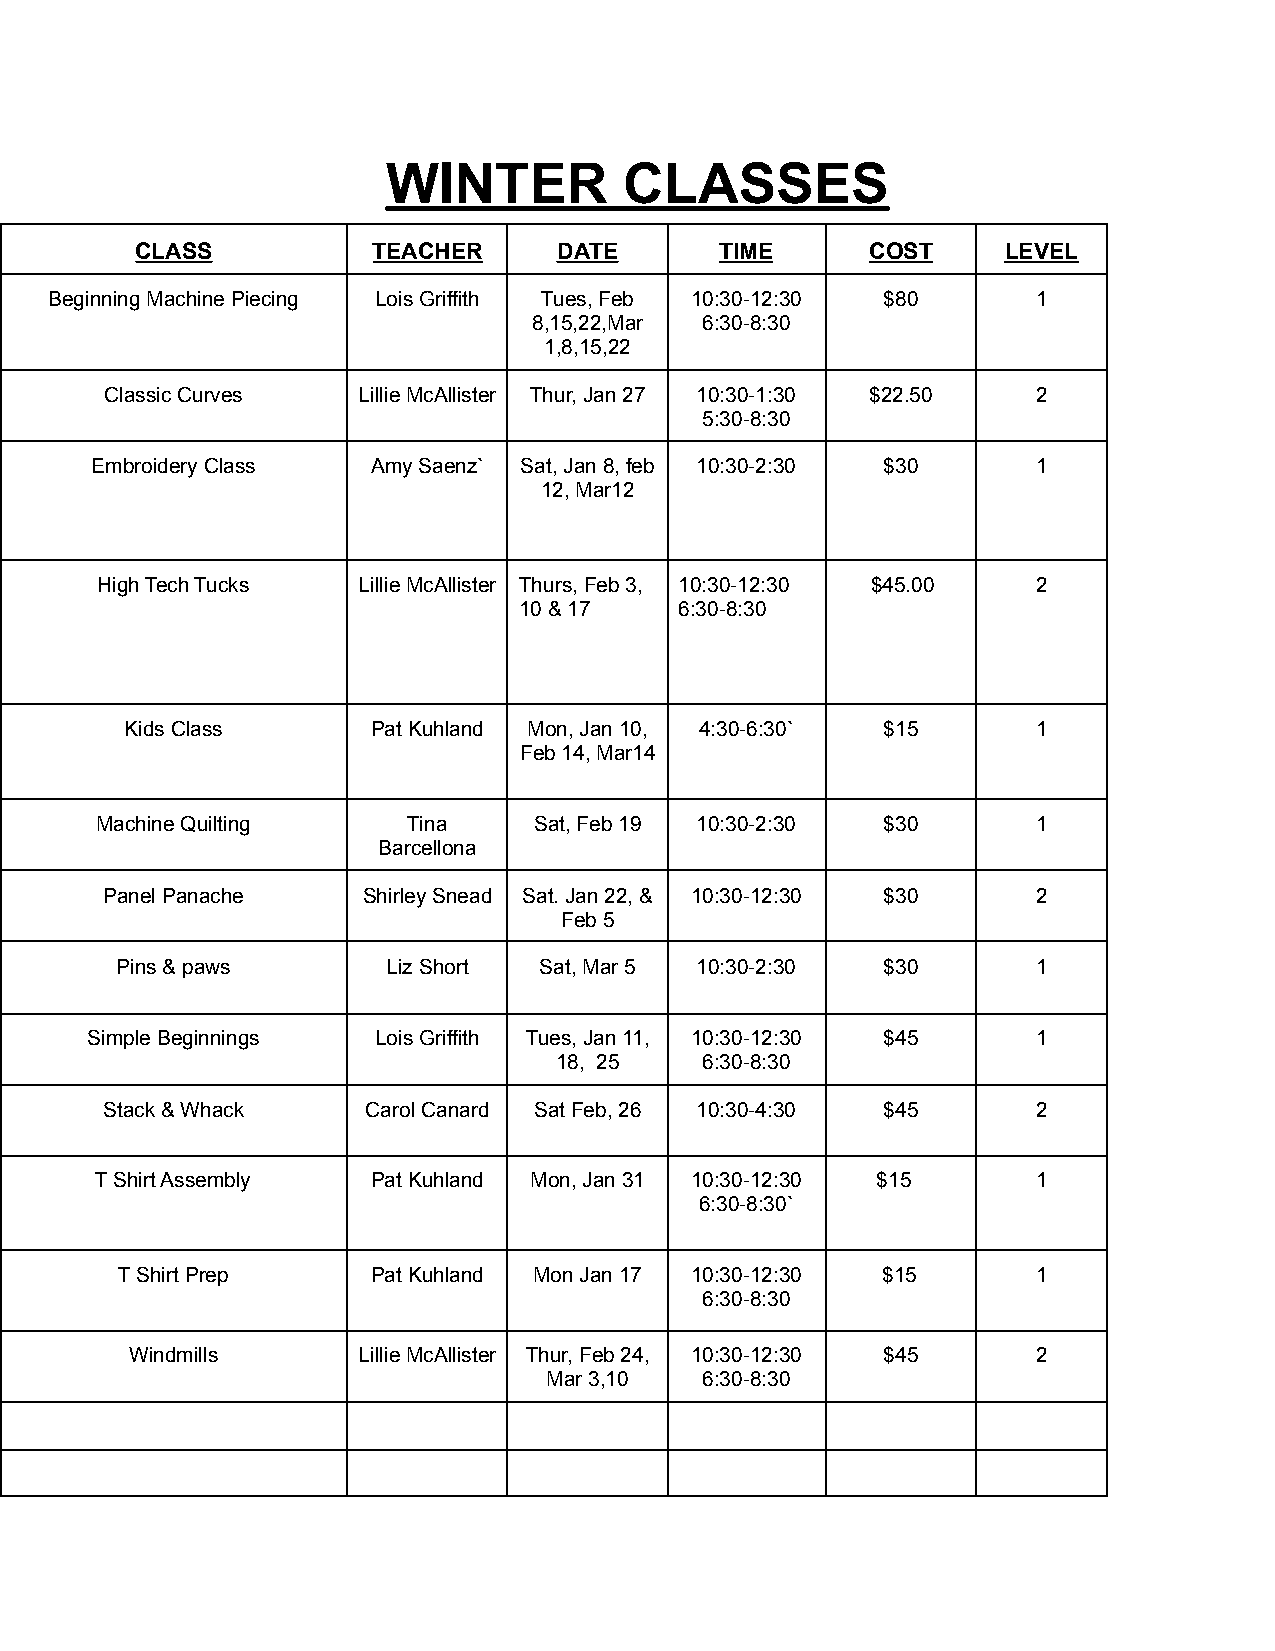
WINTER         CLASSES
 CLASS           TEACHER     DATE       TIME      COST     LEVEL
 Beginning Machine Piecing Lois Griffith Tues, Feb 10:30-12:30 $80 1
 8,15,22,Mar 6:30-8:30
 1,8,15,22
 Classic Curves   Lillie McAllister Thur, Jan 27 10:30-1:30 $22.50 2
 5:30-8:30
 Embroidery Class   Amy Saenz` Sat, Jan 8, feb 10:30-2:30 $30   1
 12, Mar12
 High Tech Tucks   Lillie McAllister Thurs, Feb 3, 10:30-12:30 $45.00 2
 10 & 17    6:30-8:30
 Kids Class       Pat Kuhland Mon, Jan 10, 4:30-6:30` $15     1
 Feb 14, Mar14
 Machine Quilting     Tina    Sat, Feb 19 10:30-2:30 $30        1
 Barcellona
 Panel Panache    Shirley Snead Sat. Jan 22, & 10:30-12:30 $30 2
 Feb 5
 Pins & paws       Liz Short Sat, Mar 5 10:30-2:30 $30        1
 Simple Beginnings  Lois Griffith Tues, Jan 11, 10:30-12:30 $45 1
 18, 25   6:30-8:30
 Stack & Whack    Carol Canard Sat Feb, 26 10:30-4:30 $45      2
 T Shirt Assembly   Pat Kuhland Mon, Jan 31 10:30-12:30 $15     1
 6:30-8:30`
 T Shirt Prep     Pat Kuhland Mon Jan 17 10:30-12:30 $15      1
 6:30-8:30
 Windmills      Lillie McAllister Thur, Feb 24, 10:30-12:30 $45 2
 Mar 3,10  6:30-8:30